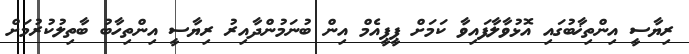
ރިޔާސީ އިންތިޚާބުގައި އޮޅުވާލާފައިވާ ކަމަށް ޕީޕީއެމް އިން ބުނަމުންދާއިރު ރިޔާސީ އިންތިހާބު ބާތިލުކުރުމަށް